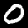
Label: 0